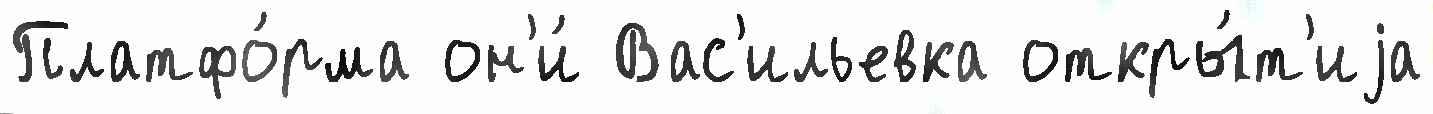
Платфо́рма он'и́ Вас'ильевка откры́т'иjа